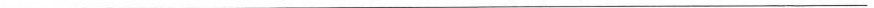
___